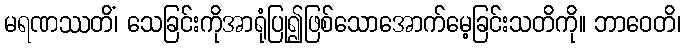
မရဏဿတိံ၊ သေခြင်းကိုအာရုံပြု၍ဖြစ်သောအောက်မေ့ခြင်းသတိကို။ ဘာဝေတိ၊